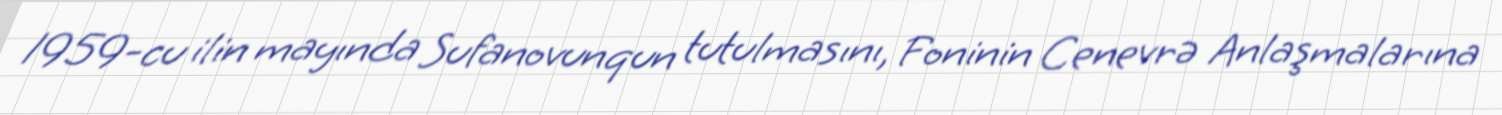
1959-cu ilin mayında Sufanovunqun tutulmasını, Foninin Cenevrə Anlaşmalarına